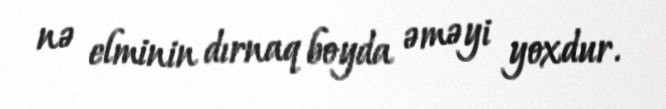
nə elminin dırnaq boyda əməyi yoxdur.